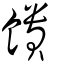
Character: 饋